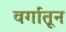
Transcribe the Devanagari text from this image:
वर्गातून